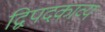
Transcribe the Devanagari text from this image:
द्विपदकाव्य